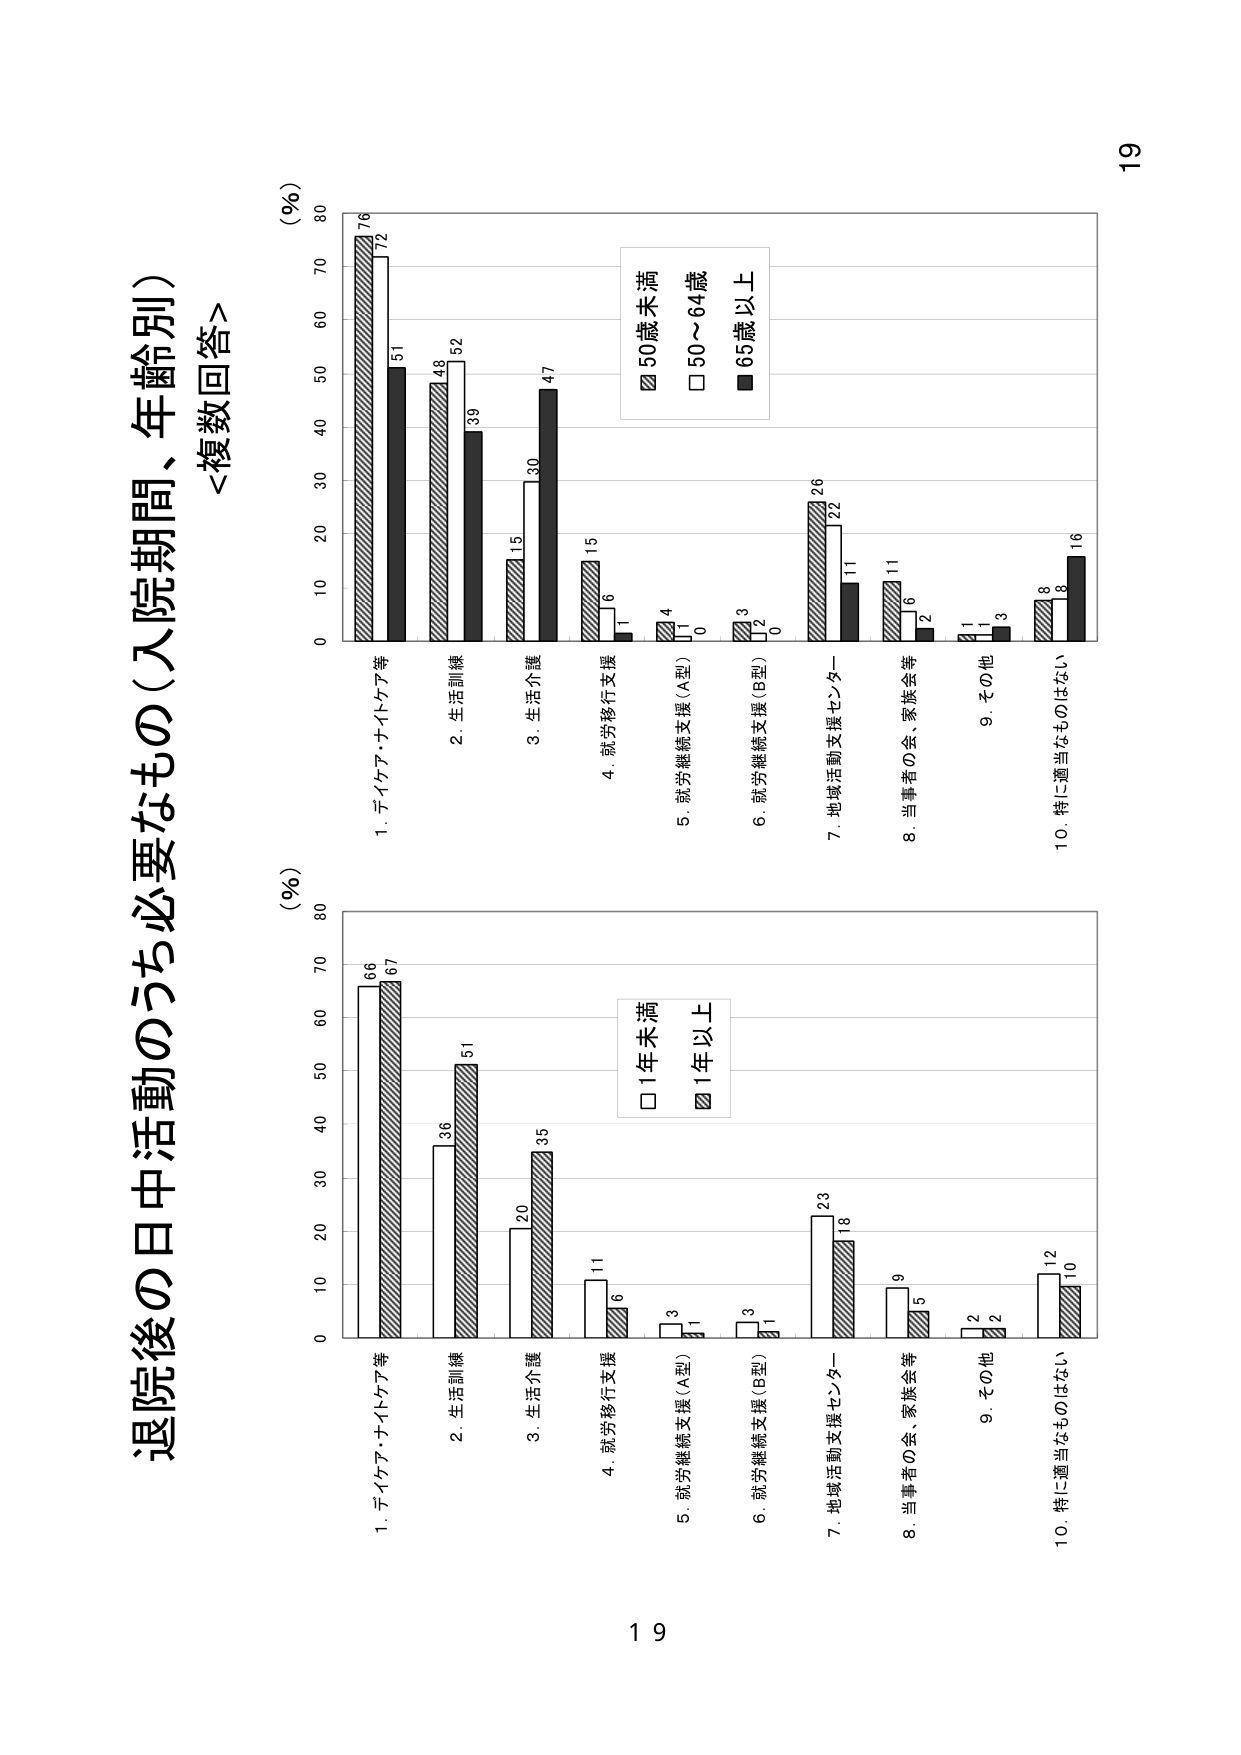
退院後の日中活動のうち必要なもの（入院期間、年齢別）
＜複数回答＞

（％）
1. デイケア・ナイトケア等
2. 生活訓練
3. 生活介護
4. 就労移行支援
5. 就労継続支援（A型）
6. 就労継続支援（B型）
7. 地域活動支援センター
8. 当事者の会、家族会等
9. その他
10. 特に適当なものはなし

（％）
1. デイケア・ナイトケア等
2. 生活訓練
3. 生活介護
4. 就労移行支援
5. 就労継続支援（A型）
6. 就労継続支援（B型）
7. 地域活動支援センター
8. 当事者の会、家族会等
9. その他
10. 特に適当なものはなし

■ 50歳未満
□ 50～64歳
■ 65歳以上

□ 1年未満
■ 1年以上

19
19